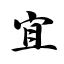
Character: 宜